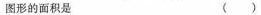
图形的面积是 ()